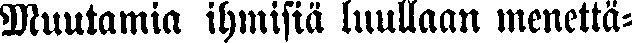
Muutamia ihmisiä luullaan menettä-